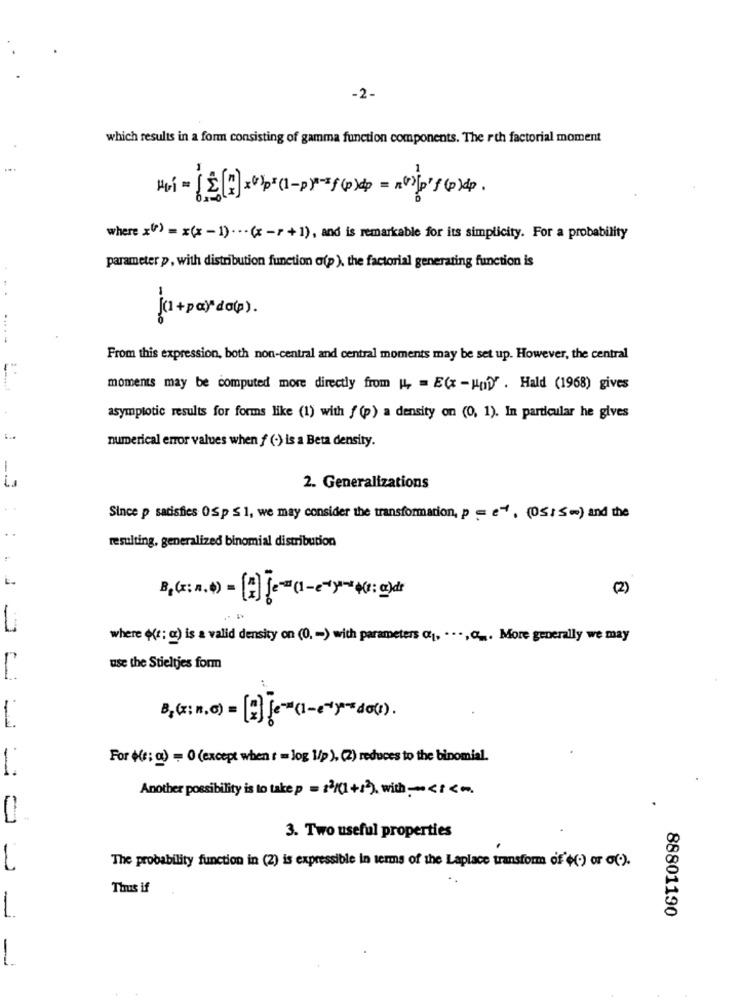
-2-
which results in a form consisting of gamma function components. The rth factorial moment
where (*) = x(x -1) ··· (x-r+1), and is remarkable for its simplicity. For a probability
parameter p, with distribution function ofp), the factorial generating function is
(1 + pay do(p) .
.... -
From this expression, both non-central and central moments may be set up. However, the central
moments may be computed more directly from ", = E(x - Ha)" . Hald (1968) gives
asymptotic results for forms like (1) with f (p) a density on (0, 1). In particular he gives
numerical error values when f (+) is a Beta density.
2. Generalizations
Since p satisfies 0Sp $ 1, we may consider the transformation, p = e+. (05/S) and the
..
resulting, generalized binomial distribution
(2)
where ( *: c) is a valid density on (0, - ) with parameters o1. ... More generally we may
use the Stieltjes form
B, c: 1. 0) = [+]-(1-1-104 ).
For ((e; g) = 0 (except when t = log \/p ), (2) reduces to the binomial.
Another possibility is to take p = 12/(1+1), with> << m
3. Two useful properties
The probability function in (2) is expressible in terms of the Laplace transform of ((.) or o(.).
Thus if
88801190
-